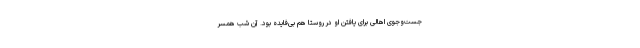
جست‌وجوی اهالی برای یافتن او در روستا هم بی‌فایده بود. آن شب همسر